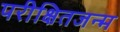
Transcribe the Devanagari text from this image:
परीक्षितजन्म